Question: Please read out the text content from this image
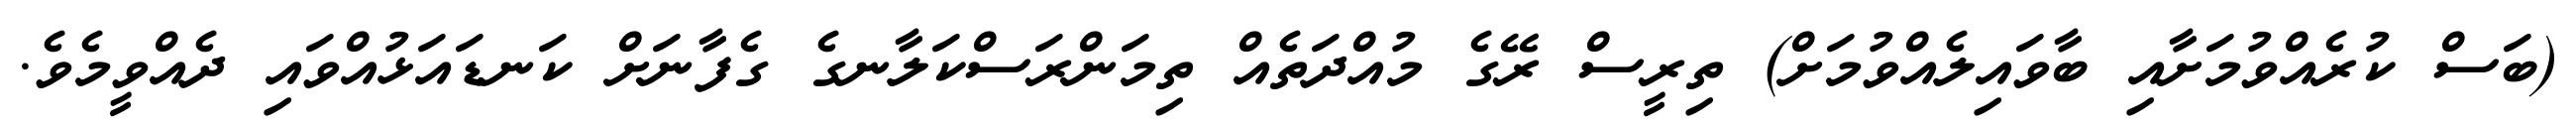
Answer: (ބަސް ކުރެއްވުމަށާއި ބާވައިލެއްވުމަށް) ތިރީސް ރޭގެ މުއްދަތެއް ތިމަންރަސްކަލާނގެ ގެފާނަށް ކަނޑައަޅުއްވައި ދެއްވީމެވެ.